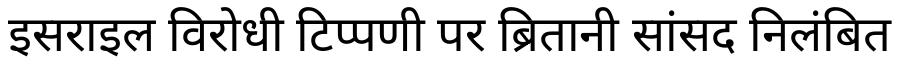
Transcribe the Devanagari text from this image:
इसराइल विरोधी टिप्पणी पर ब्रितानी सांसद निलंबित